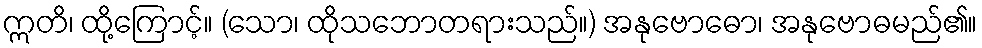
ဣတိ၊ ထို့ကြောင့်။ (သော၊ ထိုသဘောတရားသည်။) အနုဗောဓော၊ အနုဗောဓမည်၏။